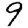
Digit: 9